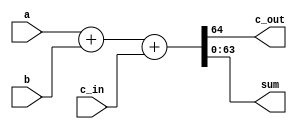
`timescale 1ns / 1ps
//////////////////////////////////////////////////////////////////////////////////
// Company: 
// Engineer: 
// 
// Design Name: 
// Module Name: Adder64_Verification
// Project Name: 
// Target Devices: 
// Tool Versions: 
// Description: 
// 
// Dependencies: 
// 
// Revision:
// Revision 0.01 - File Created
// Additional Comments:
// 
//////////////////////////////////////////////////////////////////////////////////

module Adder64_Verification(c_out, sum, a, b, c_in);

	input [63:0]	 a, b; //declare inputs a, b, and c_in, one bit each
	input c_in;
	output c_out;
	output [63:0] sum; //declare outputs c_out and sum, one bit each
    
	assign {c_out, sum} = a + b + c_in;

endmodule